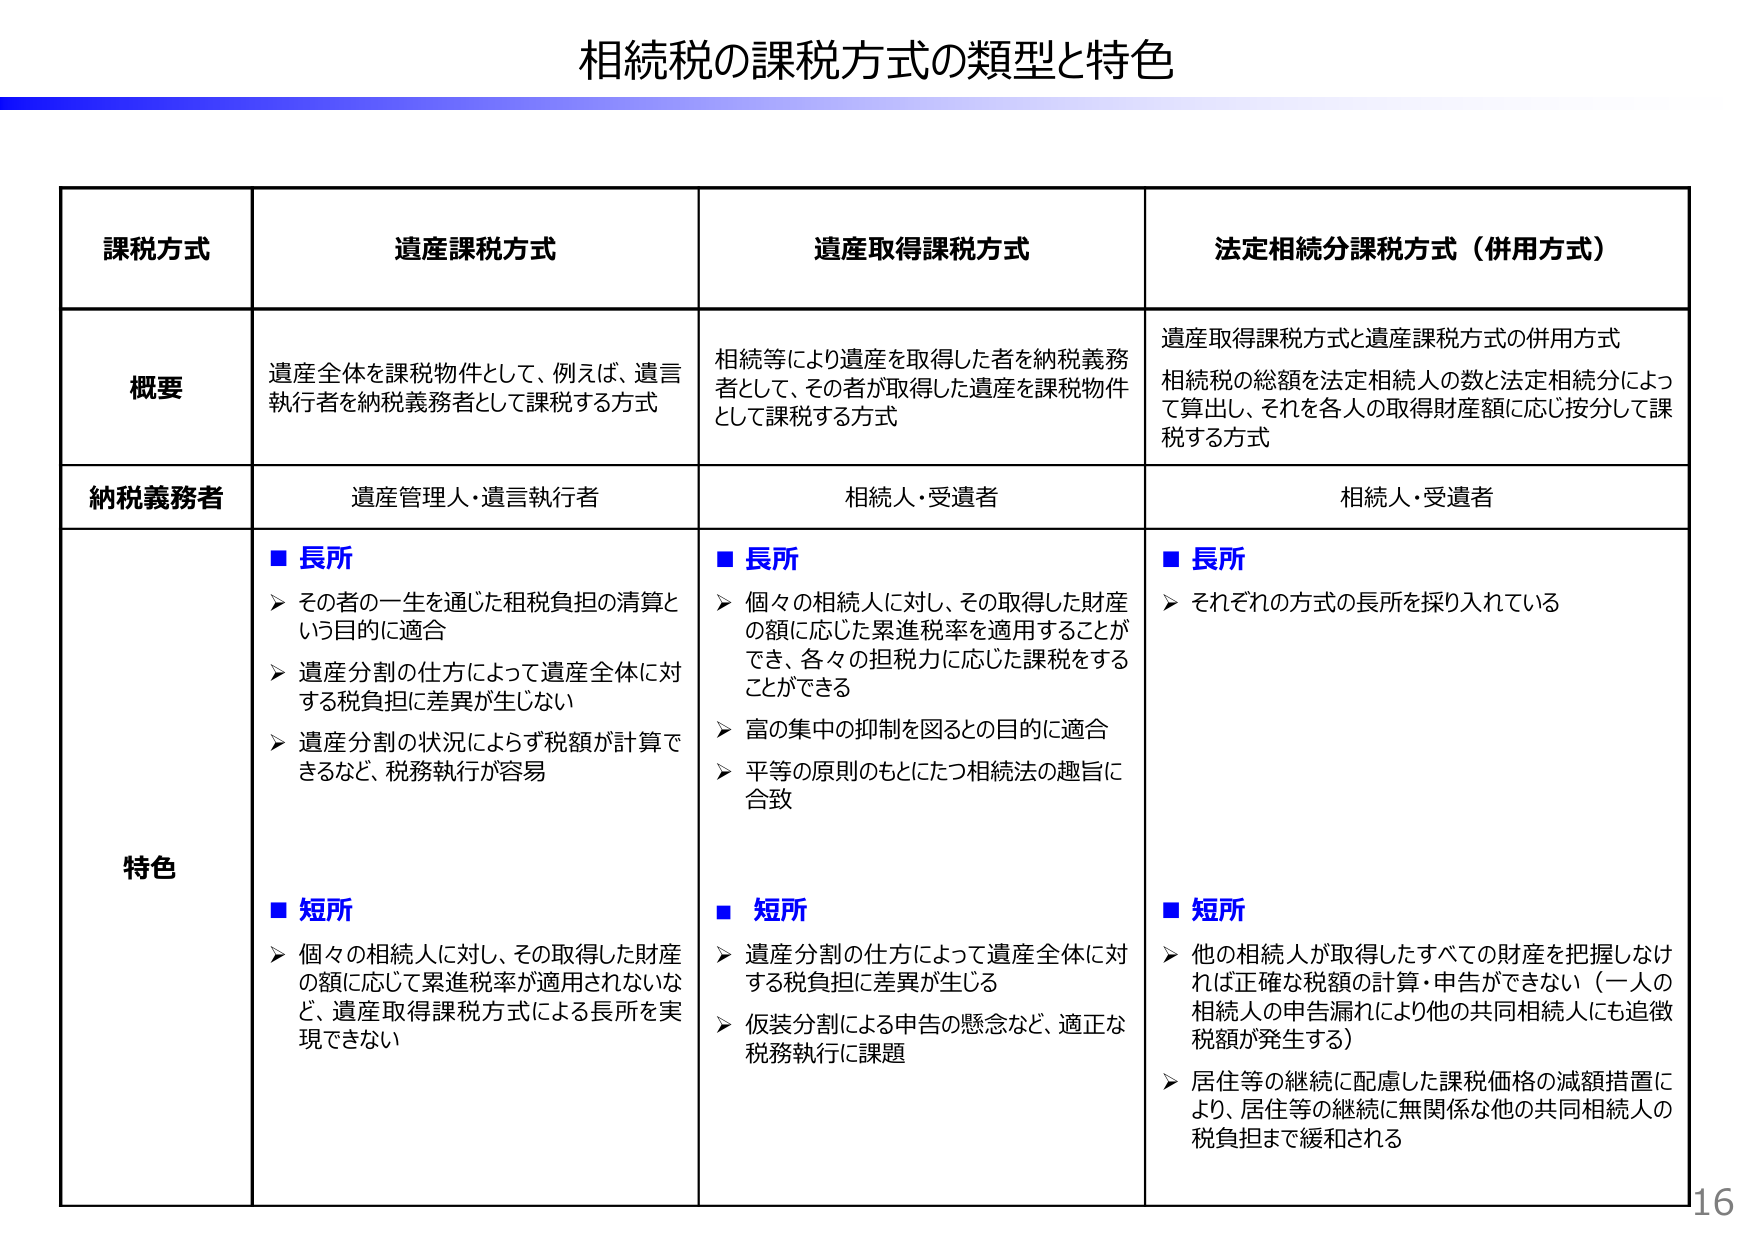
相続税の課税方式の類型と特色

課税方式　　遺産課税方式　　遺産取得課税方式　　法定相続分課税方式（併用方式）

概要
遺産全体を課税物件として、例えば、遺言執行者を納税義務者として課税する方式
相続等により遺産を取得した者を納税義務者として、その者が取得した遺産を課税物件として課税する方式
遺産取得課税方式と遺産課税方式の併用方式
相続税の総額を法定相続人の数と法定相続分によって算出し、それを各人の取得財産額に応じ按分して課税する方式

納税義務者
遺産管理人・遺言執行者
相続人・受遺者
相続人・受遺者

特色
■ 長所
➤ その者の一生を通じた租税負担の清算という目的に適合
➤ 遺産分割の仕方によって遺産全体に対する税負担に差異が生じない
➤ 遺産分割の状況によらず税額が計算できるなど、税務執行が容易

■ 短所
➤ 個々の相続人に対し、その取得した財産の額に応じて累進税率が適用されないなど、遺産取得課税方式による長所を実現できない

■ 長所
➤ 個々の相続人に対し、その取得した財産の額に応じた累進税率を適用することができ、各々の担税力に応じた課税をすることができる
➤ 富の集中の抑制を図るとの目的に適合
➤ 平等の原則のもとにたつ相続法の趣旨に合致

■ 短所
➤ 遺産分割の仕方によって遺産全体に対する税負担に差異が生じる
➤ 仮装分割による申告の懸念など、適正な税務執行に課題

■ 長所
➤ それぞれの方式の長所を採り入れている

■ 短所
➤ 他の相続人が取得したすべての財産を把握しなければ正確な税額の計算・申告ができない（一人の相続人の申告漏れにより他の共同相続人にも追徴税額が発生する）
➤ 居住等の継続に配慮した課税価格の減額措置により、居住等の継続に無関係な他の共同相続人の税負担まで緩和される

16